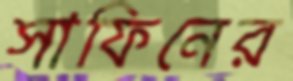
সাফিনের